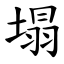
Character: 塌